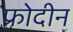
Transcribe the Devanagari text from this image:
फ्रोदीन